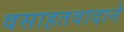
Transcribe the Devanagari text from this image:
वसाहतवादाने